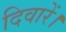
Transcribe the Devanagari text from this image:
दिवारें।